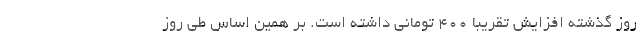
روز گذشته افزایش تقریبا ۴۰۰ تومانی داشته است. بر همین‌ اساس طی روز